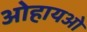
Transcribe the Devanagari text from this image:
ओहायओ